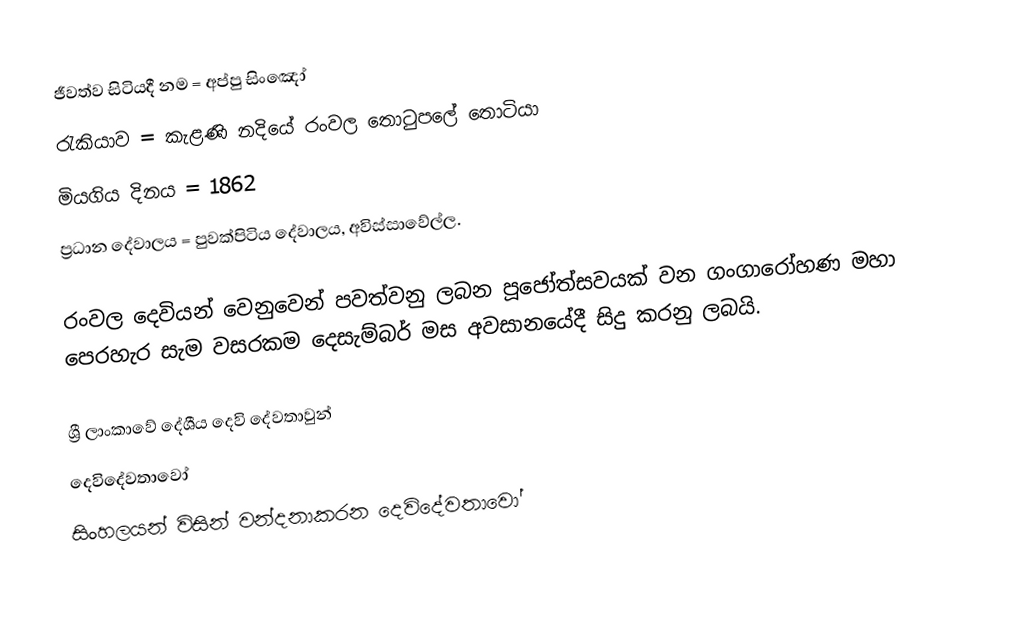
ජීවත්ව සිටියදී නම = අප්පු සිංඤෝ
 රැකියාව = කැළණි නදියේ රංවල තොටුපලේ තොටියා
 මියගිය දිනය = 1862
 ප්‍රධාන දේවාලය = පුවක්පිටිය දේවාලය, අවිස්සාවේල්ල.

රංවල දෙවියන් වෙනුවෙන් පවත්වනු ලබන පූජෝත්සවයක් වන ගංගාරෝහණ මහා පෙරහැර සැම වසරකම දෙසැම්බර් මස අවසානයේදී සිදු කරනු ලබයි.

ශ්‍රී ලාංකාවේ දේශීය දෙවි දේවතාවුන්
දෙවිදේවතාවෝ
සිංහලයන් විසින් වන්දනාකරන දෙවිදේවතාවෝ